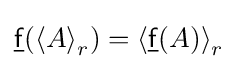
{\underline {\mathsf {f}}}(\left\langle A\right\rangle _{r})=\left\langle {\underline {\mathsf {f}}}(A)\right\rangle _{r}